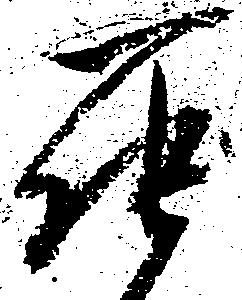
罷